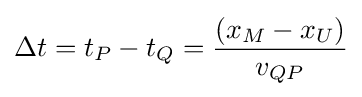
\Delta {t}=t_{P}-t_{Q}={\frac {(x_{M}-x_{U})}{v_{QP}}}